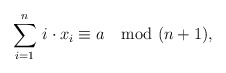
\begin{align*}\sum_{i=1}^{n} \, i\cdot x_i \equiv a \mod (n+1),\end{align*}